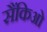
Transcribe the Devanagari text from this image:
सैंकिओ